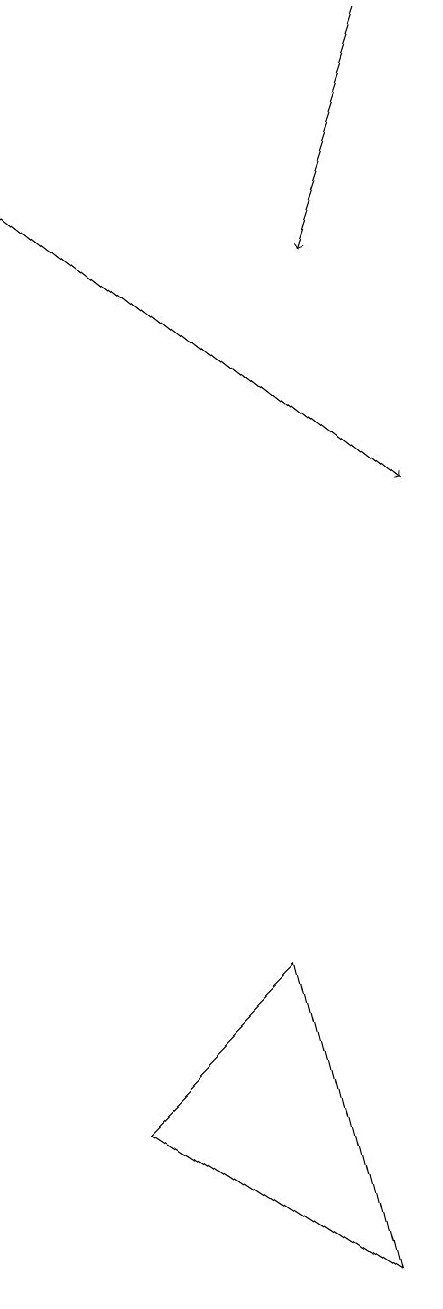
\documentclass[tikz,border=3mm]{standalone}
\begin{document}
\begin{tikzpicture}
\draw[->] (8,16) -- (7,13);
\draw[->] (3,14) -- (8,10);
\draw (6,4) -- (7,0) -- (4,2) -- cycle;
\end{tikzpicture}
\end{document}